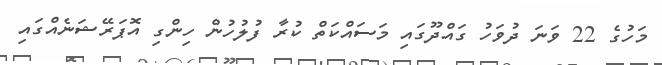
މަހުގެ 22 ވަނަ ދުވަހު ގައްދޫގައި މަސައްކަތް ކުރާ ފުލުހުން ހިންގި އޮޕަރޭޝަނެއްގައި